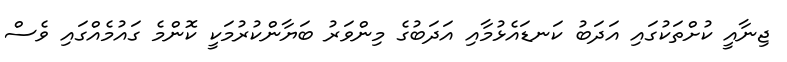
ޖިނާއީ ކުށްތަކުގައި އަދަބު ކަނޑައެޅުމާއި އަދަބުގެ މިންވަރު ބަޔާންކުރުމަކީ ކޮންމެ ގައުމެއްގައި ވެސް